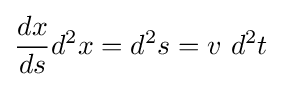
{\frac {dx}{ds}}d^{2}x=d^{2}s=v\ d^{2}t